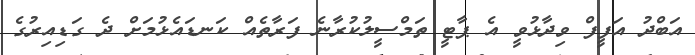
އަބްދު އަފީފް ވިދާޅުވީ އެ ޕާޓީ ތަމްސީލުކުރާނެ ފަރާތެއް ކަނޑައެޅުމަށް ދެ ގަޑިއިރުގެ